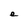
Character: e